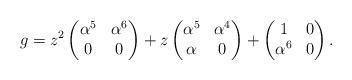
LaTeX: \begin{align*}g=z^2\left(\begin{matrix}\alpha^5 & \alpha^{6} \\0 & 0\end{matrix}\right) + z \left(\begin{matrix}\alpha^{5} & \alpha^{4} \\\alpha & 0\end{matrix}\right)+ \left(\begin{matrix}1 & 0 \\\alpha^{6} & 0\end{matrix}\right).\end{align*}